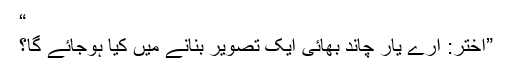
“
”اختر: ارے یار چاند بھائی ایک تصویر بنانے میں کیا ہوجائے گا؟